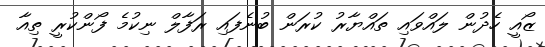
ޒޯއީ ހެދުން ލައްވައި ތައްޔާރު ކުރަން ބުނެފައި ރަފާލް ނިކުމެ ފޯންކުރީ ތިއާ